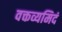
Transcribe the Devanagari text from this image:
वक्तव्यमिदं